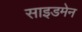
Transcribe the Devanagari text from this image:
साइडमेन